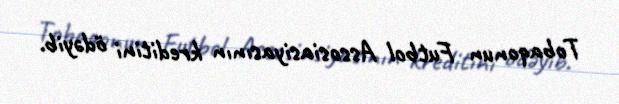
Tobaqonun Futbol Assosiasiyasının kreditini ödəyib.